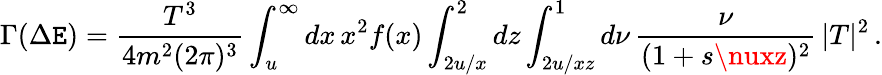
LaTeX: \Gamma(\Delta\mathtt{E})=\frac{{T^{3}}}{{4m^{2}(2\pi)^{3}}}\int_{u}^{\infty}dx\, x^{2}f(x)\int_{2u/x}^{2}dz\int_{2u/xz}^{1}d\nu\, \frac{{\nu}}{{(1+s\nuxz)^{2}}}\, |T|^{2}\, .